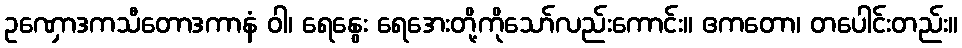
ဥဏှောဒကသီတောဒကာနံ ဝါ၊ ရေနွေး ရေအေးတို့ကိုသော်လည်းကောင်း။ ဧကတော၊ တပေါင်းတည်း။